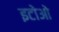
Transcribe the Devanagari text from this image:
इटोओ